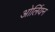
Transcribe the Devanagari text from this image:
ओर्लियन